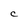
Character: C